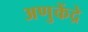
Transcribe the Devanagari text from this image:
अणुकेंद्रे